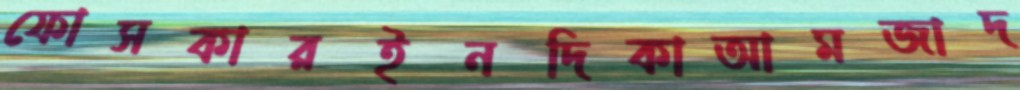
ফোসকারইনদিকাআমজাদ